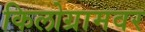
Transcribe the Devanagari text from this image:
किलोग्रामवर